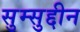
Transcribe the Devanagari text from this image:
सुम्सुद्दीन